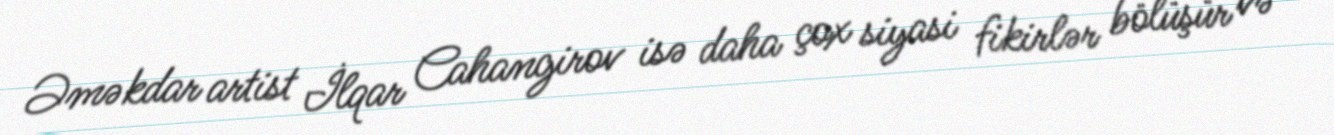
Əməkdar artist İlqar Cahangirov isə daha çox siyasi fikirlər bölüşür və